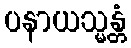
ပနာယသ္မန္တံ